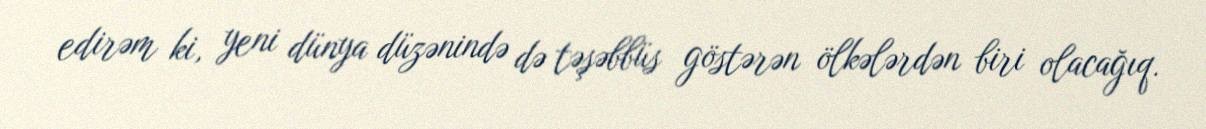
edirəm ki, yeni dünya düzənində də təşəbbüs göstərən ölkələrdən biri olacağıq.